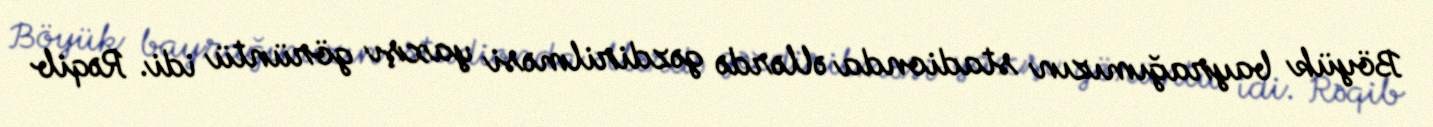
Böyük bayrağımızın stadionda əllərdə gəzdirilməsi yaxşı görüntü idi. Rəqib